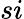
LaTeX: si